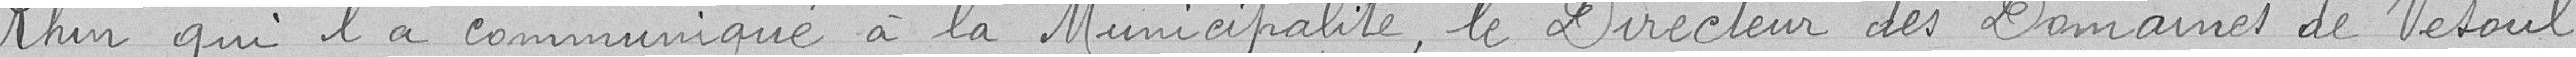
Rhin qui l'a communiqué à la Municipalité, le Directeur des Domaines de Vesoul